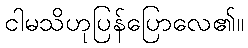
ငါမသိဟုပြန်ပြောလေ၏။